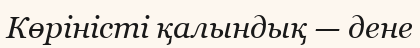
Көріністі қалындық — дене